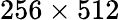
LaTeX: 256\times 512